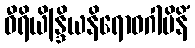
ဝီရိယိန္ဒြိယနိရောဓဂါမိနိံ